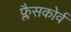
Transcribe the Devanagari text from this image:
फ्लैसकोर्व